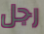
رجل